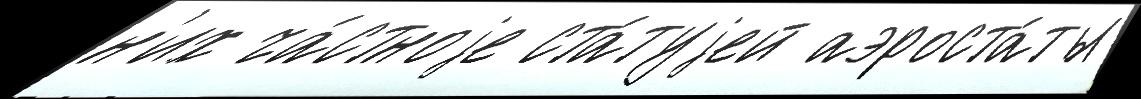
н'их ча́стноjе ста́туjей аэроста́ты